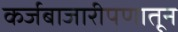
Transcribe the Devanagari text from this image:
कर्जबाजारीपणातून